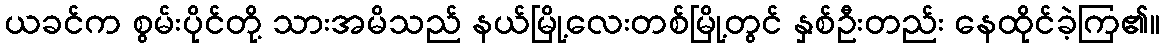
ယခင်က စွမ်းပိုင်တို့ သားအမိသည် နယ်မြို့လေးတစ်မြို့တွင် နှစ်ဦးတည်း နေထိုင်ခဲ့ကြ၏။